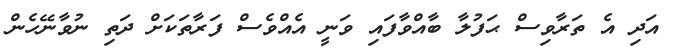
އަދި އެ ތަރާވިސް ޙަފުލާ ބާއްވާފައި ވަނީ އެއްވެސް ފަރާތަކަށް ދަތި ނުވާނޭހެން